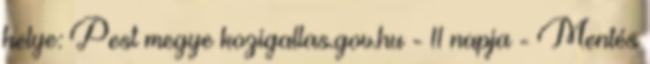
helye: Pest megye kozigallas.gov.hu - 11 napja - Mentés